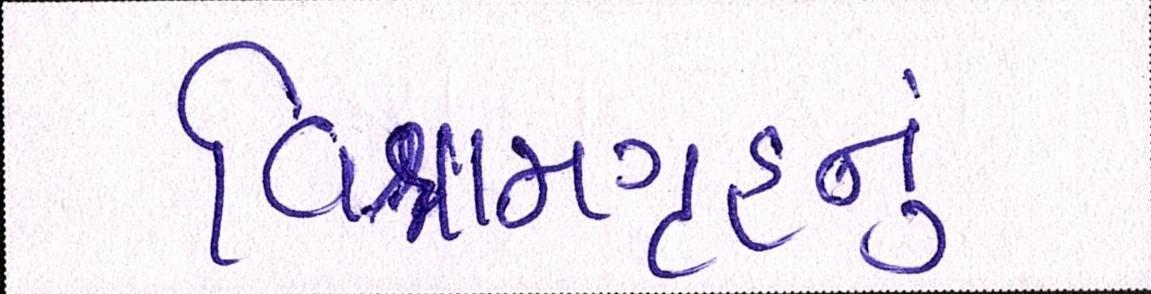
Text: વિશ્રામગૃહનું